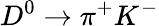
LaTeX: D^{0}\rightarrow\pi^{+}K^{-}